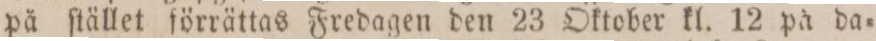
på ſtället förrättas Fredagen den 23 Oktober kl. 12 på da=